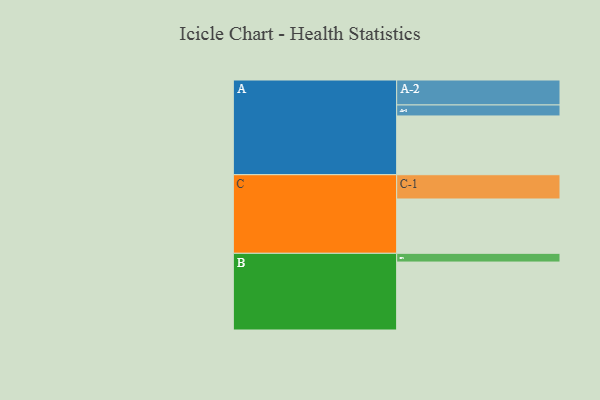
{"axis": {"x": "Segment", "y": "Value"}, "legend": ["", "A", "B", "C"], "data": [{"x": "A", "y": 518, "type": ""}, {"x": "B", "y": 599, "type": ""}, {"x": "C", "y": 479, "type": ""}, {"x": "A-1", "y": 97, "type": "A"}, {"x": "A-2", "y": 220, "type": "A"}, {"x": "B-1", "y": 77, "type": "B"}, {"x": "C-1", "y": 214, "type": "C"}]}